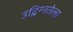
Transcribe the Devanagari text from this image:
उद्विग्नतेला